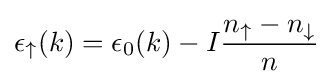
\epsilon _{\uparrow }(k)=\epsilon _{0}(k)-I{\frac {n_{\uparrow }-n_{\downarrow }}{n}}